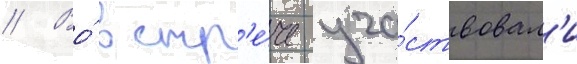
// Во́ встр'е́че уча́ствовал'и